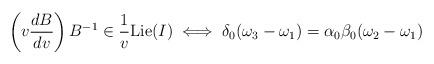
LaTeX: \begin{align*} \left(v \frac{dB}{dv} \right) B^{-1} \in \frac{1}{v} \mathrm{Lie}(I) \iff \delta_0(\omega_3 - \omega_1) = \alpha_0 \beta_0 (\omega_2 - \omega_1) \end{align*}